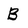
Character: B